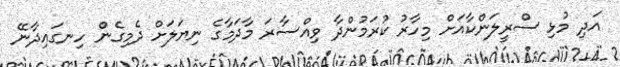
އަދި މުޅި ސްރީލަންކާއަށް މިހާރު ކުރަމުންދާ ވިއްސާރަ މާދަމާގެ ނިޔަލަށް ދެމިގެން ހިނގައިދާނޭ